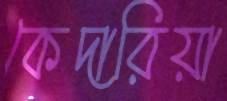
কেদারিয়া